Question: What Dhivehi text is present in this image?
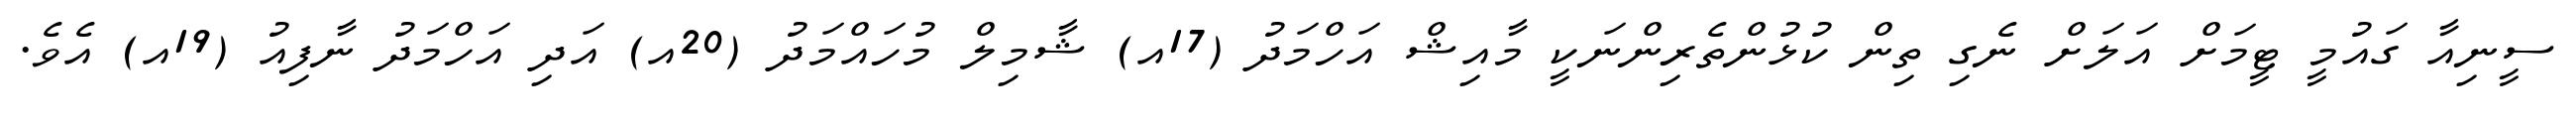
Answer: ސީނިއާ ގައުމީ ޓީމަށް އަލަށް ނެގި ތިން ކުޅުންތެރިންނަކީ މާއިޝް އަހްމަދު (17އ) ޝާމިލް މުހައްމަދު (20އ) އަދި އަހްމަދު ނާފިއު (19އ) އެވެ.